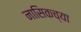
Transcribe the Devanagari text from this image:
नासिकच्या